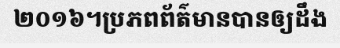
២០១៦។ប្រភពព័ត៌មានបានឲ្យដឹង